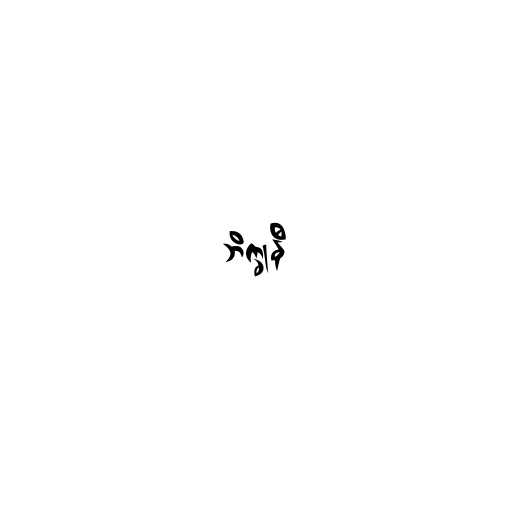
ဘိက္ခုနီ